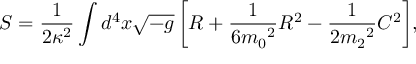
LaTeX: S = \frac { 1 } { 2 \kappa ^ { 2 } } \int { d ^ { 4 } x \sqrt { - g } \left[ R + \frac { 1 } { 6 { m _ { 0 } } ^ { 2 } } R ^ { 2 } - \frac { 1 } { 2 { m _ { 2 } } ^ { 2 } } C ^ { 2 } \right] } ,